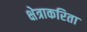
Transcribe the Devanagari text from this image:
क्षेत्राकरिता